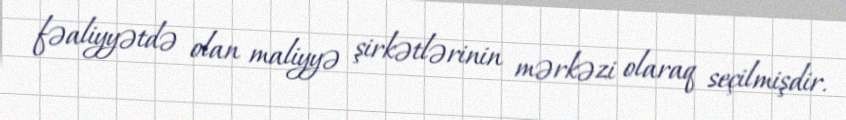
fəaliyyətdə olan maliyyə şirkətlərinin mərkəzi olaraq seçilmişdir.